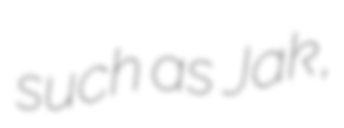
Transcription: such as Jak,